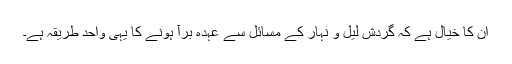
ان کا خیال ہے کہ گردش لیل و نہار کے مسائل سے عہدہ برآ ہونے کا یہی واحد طریقہ ہے۔